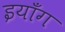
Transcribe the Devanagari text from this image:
इयाँग